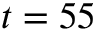
t = 5 5